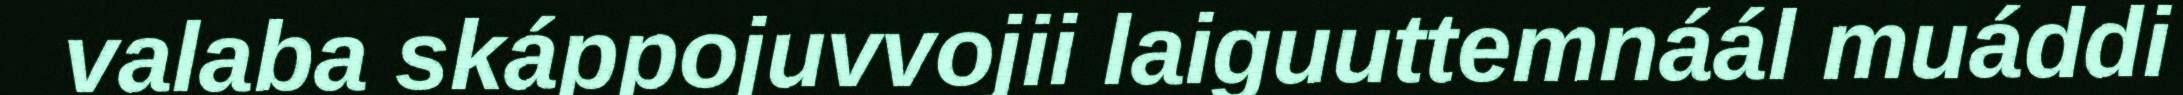
valaba skáppojuvvojii laiguuttemnáál muáddi